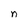
Character: n